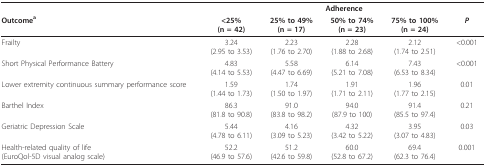
|  | <COLSPAN=5> Adherence |
 | Outcomea | <25%(n = 42) | 25% to 49%(n = 17) | 50% to 74%(n = 23) | 75% to 100%(n = 24) | P |
 | --- | --- | --- | --- | --- | --- |
 | Frailty | 3.24(2.95 to 3.53) | 2.23(1.76 to 2.70) | 2.28(1.88 to 2.68) | 2.12(1.74 to 2.51) | <0.001 |
 | Short Physical Performance Battery | 4.83(4.14 to 5.53) | 5.58(4.47 to 6.69) | 6.14(5.21 to 7.08) | 7.43(6.53 to 8.34) | <0.001 |
 | Lower extremity continuous summary performance score | 1.59(1.44 to 1.73) | 1.74(1.50 to 1.97) | 1.91(1.71 to 2.11) | 1.96(1.77 to 2.15) | 0.01 |
 | Barthel Index | 86.3(81.8 to 90.8) | 91.0(83.8 to 98.2) | 94.0(87.9 to 100) | 91.4(85.5 to 97.4) | 0.21 |
 | Geriatric Depression Scale | 5.44(4.78 to 6.11) | 4.16(3.09 to 5.23) | 4.32(3.42 to 5.22) | 3.95(3.07 to 4.83) | 0.03 |
 | Health-related quality of life(EuroQol-5D visual analog scale) | 52.2(46.9 to 57.6) | 51.2(42.6 to 59.8) | 60.0(52.8 to 67.2) | 69.4(62.3 to 76.4) | 0.001 |